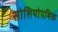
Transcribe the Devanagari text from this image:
सोशियोपथिक